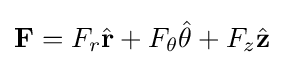
\mathbf {F} =F_{r}{\hat {\mathbf {r} }}+F_{\theta }{\hat {\theta }}+F_{z}{\hat {\mathbf {z} }}